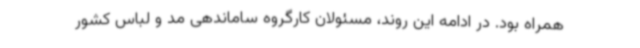
همراه بود. در ادامه این روند، مسئولان کارگروه ساماندهی مد و لباس کشور